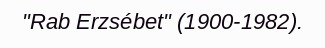
"Rab Erzsébet" (1900-1982).